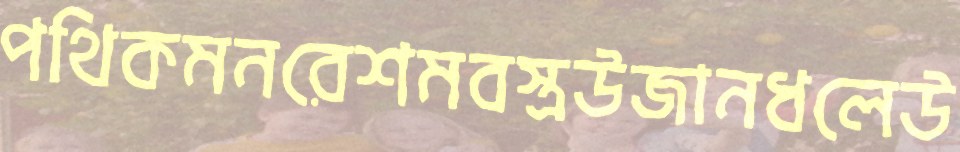
পথিকমনরেশমবস্ত্রউজানধলেউ